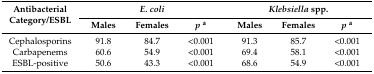
<table><thead><tr><td rowspan="2"><b>Antibacterial Category/ESBL</b></td><td colspan="3"><b><i>E. coli</i></b></td><td colspan="3"><b><i>Klebsiella</i> spp.</b></td></tr><tr><td><b>Males</b></td><td><b>Females</b></td><td><b><i>p</i><sup>a</sup></b></td><td><b>Males</b></td><td><b>Females</b></td><td><b><i>p</i><sup>a</sup></b></td></tr></thead><tbody><tr><td>Cephalosporins</td><td>91.8</td><td>84.7</td><td>&lt;0.001</td><td>91.3</td><td>85.7</td><td>&lt;0.001</td></tr><tr><td>Carbapenems</td><td>60.6</td><td>54.9</td><td>&lt;0.001</td><td>69.4</td><td>58.1</td><td>&lt;0.001</td></tr><tr><td>ESBL-positive</td><td>50.6</td><td>43.3</td><td>&lt;0.001</td><td>68.6</td><td>54.9</td><td>&lt;0.001</td></tr></tbody></table>